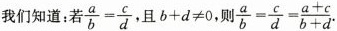
我们知道；若$$\frac{a}{b}= \frac{c}{d}$$ 且$$b+d≠0$$，则$$\frac{a}{b}= \frac{c}{d}= \frac{a+c}{b+d}$$.